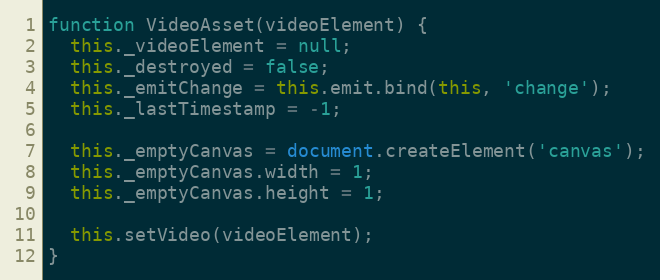
Language: JavaScript
function VideoAsset(videoElement) {
  this._videoElement = null;
  this._destroyed = false;
  this._emitChange = this.emit.bind(this, 'change');
  this._lastTimestamp = -1;

  this._emptyCanvas = document.createElement('canvas');
  this._emptyCanvas.width = 1;
  this._emptyCanvas.height = 1;

  this.setVideo(videoElement);
}